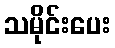
သမိုင်းပေး